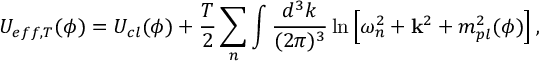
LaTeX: U _ { e f f , T } ( \phi ) = U _ { c l } ( \phi ) + \frac { T } { 2 } \sum _ { n } \int \frac { d ^ { 3 } k } { ( 2 \pi ) ^ { 3 } } \ln \left[ \omega _ { n } ^ { 2 } + { \bf \vec { k } } ^ { 2 } + m _ { p l } ^ { 2 } ( \phi ) \right] , \nonumber